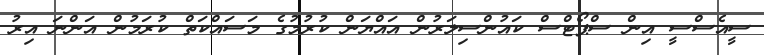
ސީއެސްސީ އިން ސްޕޯޓްސް ކައުންސިލަރުން އައްޔަން ކުރުމުގެ މަސައްކަތް ކުރަމުން އަންނަ އިރު